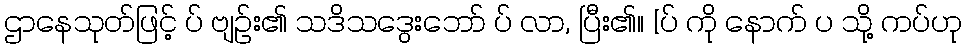
ဌာနေသုတ်ဖြင့် ပ် ဗျဉ်း၏ သဒိသဒွေးဘော် ပ် လာ, ပြီး၏။ [ပ် ကို နောက် ပ သို့ ကပ်ဟု